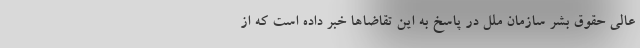
عالی حقوق بشر سازمان ملل در پاسخ به این تقاضاها خبر داده است که از